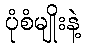
ပုံစံမျိုးနဲ့